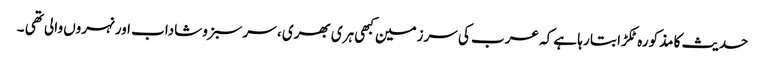
حدیث کا مذکورہ ٹکڑا بتا رہا ہے کہ عرب کی سرزمین کبھی ہری بھری ، سرسبزوشاداب اور نہروں والی تھی ۔